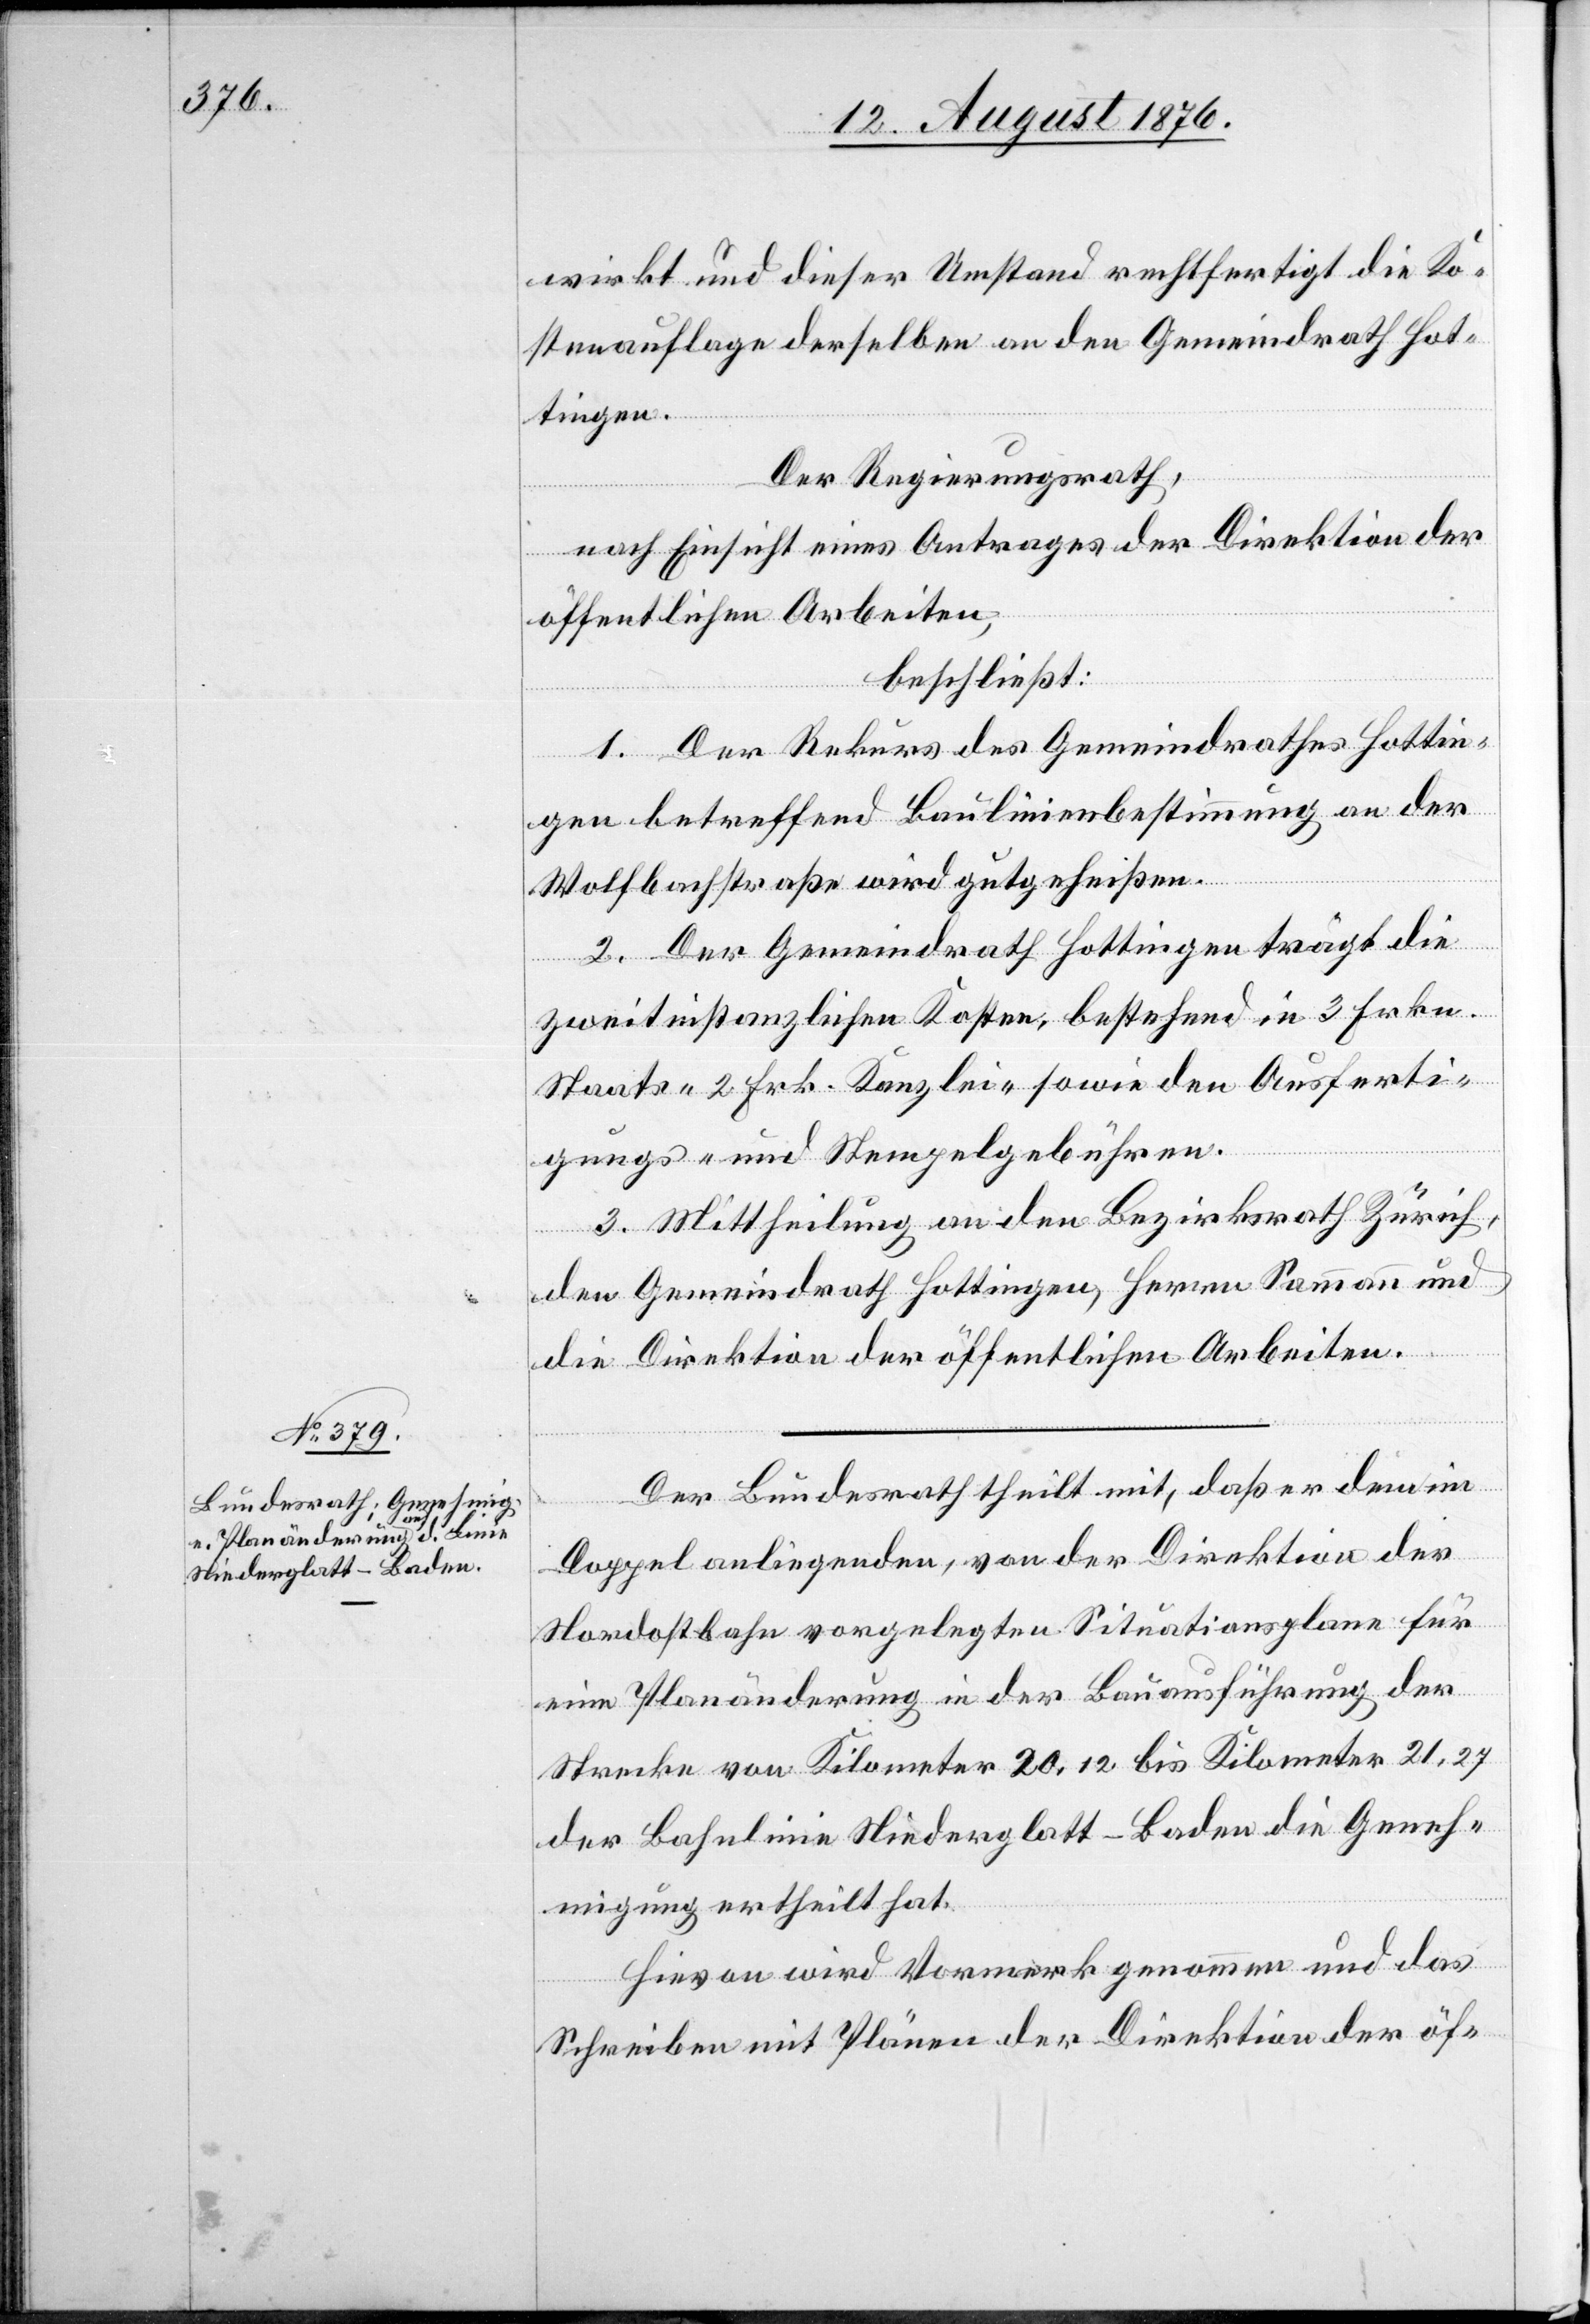
wirkt und dieser Umstand rechtfertigt die Ko¬
stenauflage derselben an den Gemeindrath Hot¬
tingen.
Der Regierungsrath,
nach Einsicht eines Antrages der Direktion der
öffentlichen Arbeiten,
beschließt:
1. Der Rekurs des Gemeindrathes Hottin¬
gen betreffend Baulinienbestimmung an der
Wolfbachstraße wird gutgeheißen.
2. Der Gemeindrath Hottingen trägt die
zweitinstanzlichen Kosten, bestehend in 3 Frk.
Staats- 2 Frk. Kanzlei- nebst den Ausferti¬
gungs- und Stempelgebühren.
3. Mittheilung an den Bezirksrath Zürich,
den Gemeindrath Hottingen, Herrn Sammann und
die Direktion der öffentlichen Arbeiten.
Der Bundesrath theilt mit, das er den im
Doppel anliegenden, von der Direktion der
Nordostbahn vorgelegten Situationsplan für
eine Planänderung in der Bauausführung der
Strecke von Kilometer 20,12 bis Kilometer 21,27
der Bahnlinie Niederglatt–Baden die Geneh¬
migung ertheilt hat.
Hievon wird Vormerk genommen und das
Schreiben mit Plänen der Direktion der öf-